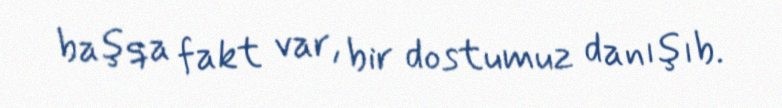
başqa fakt var, bir dostumuz danışıb.